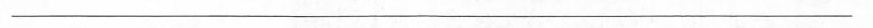
___